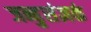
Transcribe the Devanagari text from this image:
जन्हुसंज्ञकं